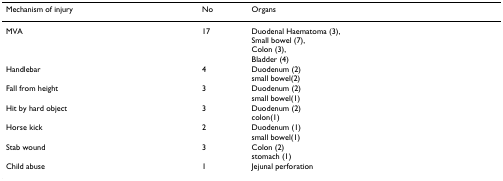
| Mechanism of injury | No | Organs |
 | --- | --- | --- |
 | MVA | 17 | Duodenal Haematoma (3),Small bowel (7),Colon (3),Bladder (4) |
 | Handlebar | 4 | Duodenum (2)small bowel(2) |
 | Fall from height | 3 | Duodenum (2)small bowel(1) |
 | Hit by hard object | 3 | Duodenum (2)colon(1) |
 | Horse kick | 2 | Duodenum (1)small bowel(1) |
 | Stab wound | 3 | Colon (2)stomach (1) |
 | Child abuse | 1 | Jejunal perforation |